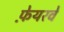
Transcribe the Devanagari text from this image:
फ़ेयरवे